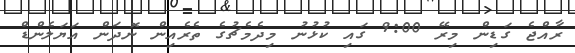
ރާއްޖެ ގަޑިން މިރޭ 9:00 ގައި ކުޅުނު މިދެމެޗުގެ ތެރެއިން ނޮދަން އަޔަލެންޑް